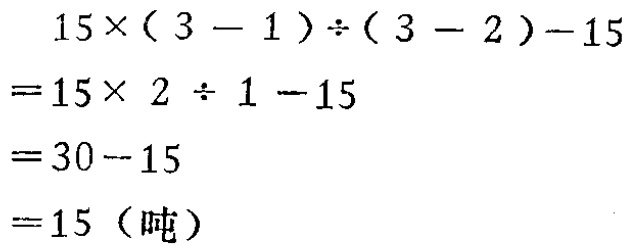
\[
\begin{align*}
&15\times(3 - 1)\div(3 - 2)-15\\
=&15\times 2\div 1 - 15\\
=&30 - 15\\
=&15 \text{（吨）}
\end{align*}
\]